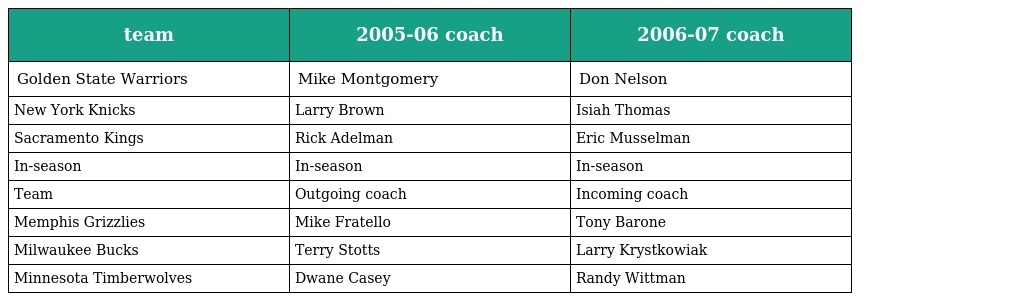
| team | 2005-06 coach | 2006-07 coach |
 | --- | --- | --- |
 | Golden State Warriors | Mike Montgomery | Don Nelson |
 | New York Knicks | Larry Brown | Isiah Thomas |
 | Sacramento Kings | Rick Adelman | Eric Musselman |
 | In-season | In-season | In-season |
 | Team | Outgoing coach | Incoming coach |
 | Memphis Grizzlies | Mike Fratello | Tony Barone |
 | Milwaukee Bucks | Terry Stotts | Larry Krystkowiak |
 | Minnesota Timberwolves | Dwane Casey | Randy Wittman |